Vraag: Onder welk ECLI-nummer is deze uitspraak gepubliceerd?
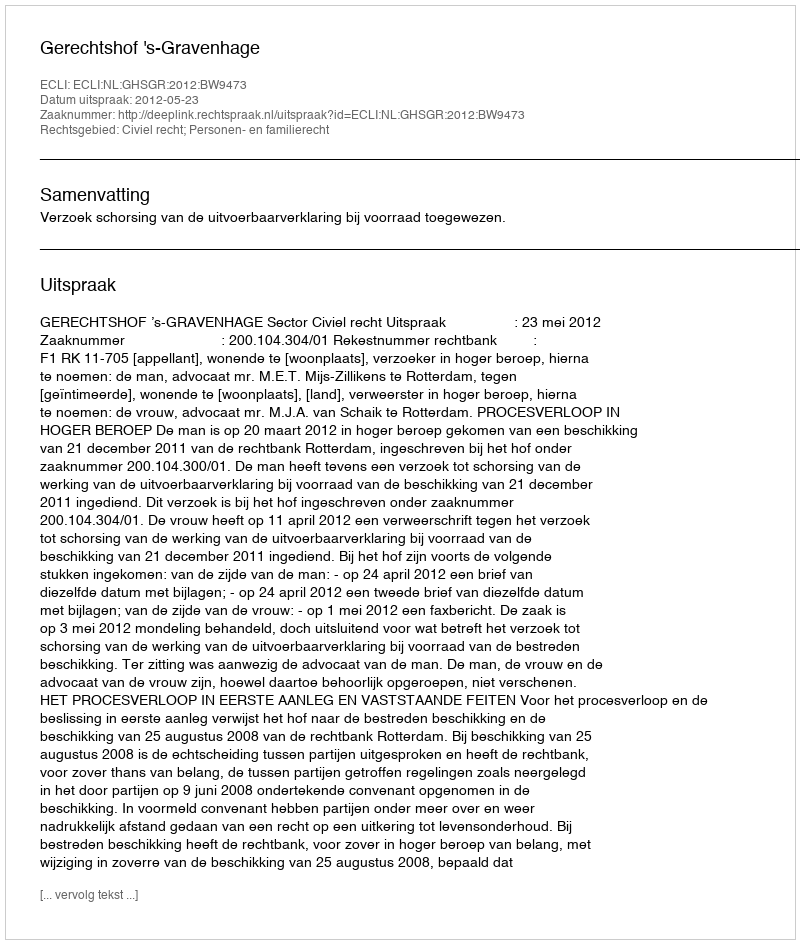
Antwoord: ECLI:NL:GHSGR:2012:BW9473